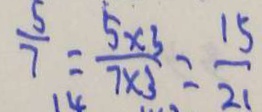
\frac { 5 } { 7 } = \frac { 5 \times 3 } { 7 \times 3 } = \frac { 1 5 } { 2 1 }